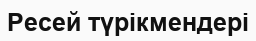
Ресей түрікмендері